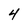
Character: 4